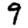
Digit: 9